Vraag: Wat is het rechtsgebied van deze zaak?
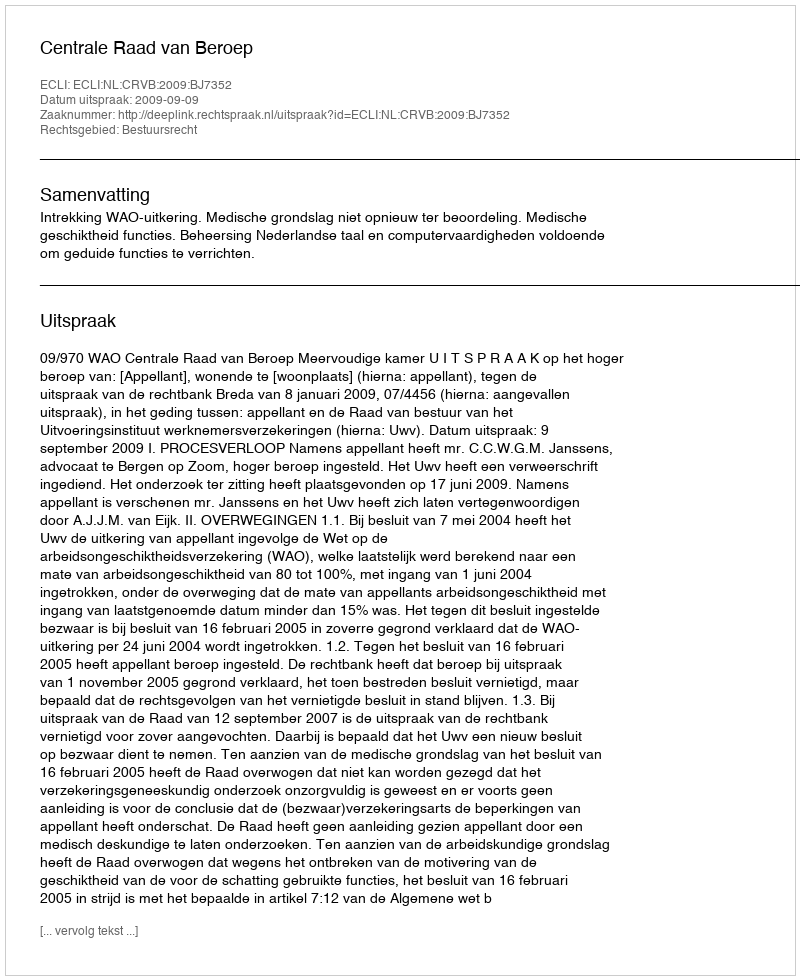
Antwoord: Bestuursrecht